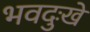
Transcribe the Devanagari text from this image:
भवदुःखे